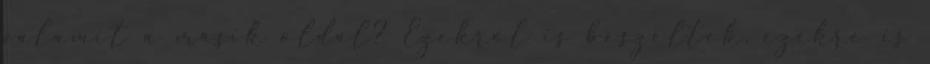
valamit a másik oldal? Ezekről is beszéltek, ezekre is